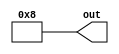
`timescale 1ns / 1ps
//////////////////////////////////////////////////////////////////////////////////
// Company: 
// Engineer: 
// 
// Design Name: 
// Module Name:    debug_zongxian 
// Project Name: 
// Target Devices: 
// Tool versions: 
// Description: 
//
// Dependencies: 
//
// Revision: 
// Revision 0.01 - File Created
// Additional Comments: 
//
//////////////////////////////////////////////////////////////////////////////////
module debug_zongxian(
    output reg [7:0] out
    );
	 
	 reg [7:0] temp;
	 
	 initial begin
		temp = 8'b11101100;
		out = {temp[7],3'b0};
	 end



endmodule